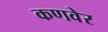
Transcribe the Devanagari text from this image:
कणवेर